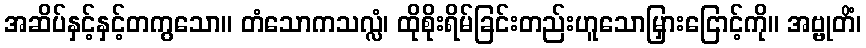
အဆိပ်နှင့်နှင့်တကွသော။ တံသောကသလ္လံ၊ ထိုစိုးရိမ်ခြင်းတည်းဟူသောမြှားငြောင့်ကို။ အဗ္ဗုတိံ၊